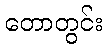
တောတွင်း